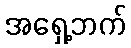
အရှေ့ဘက်